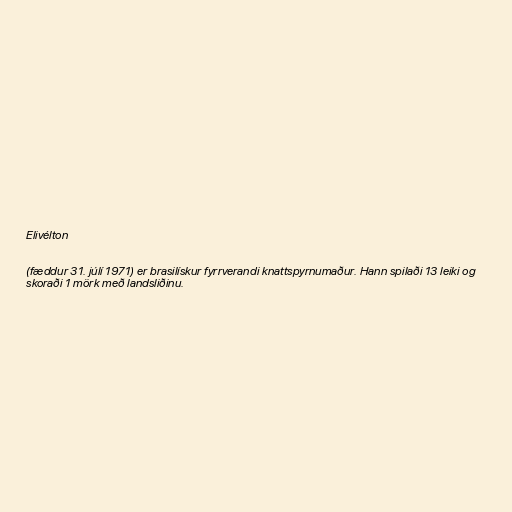
Elivélton

(fæddur 31. júlí 1971) er brasilískur fyrrverandi knattspyrnumaður. Hann spilaði 13 leiki og
skoraði 1 mörk með landsliðinu.